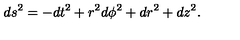
d s ^ { 2 } = - d t ^ { 2 } + r ^ { 2 } d \phi ^ { 2 } + d r ^ { 2 } + d z ^ { 2 } .